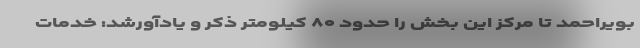
بویراحمد تا مرکز این بخش را حدود ۸۰ کیلومتر ذکر و یادآورشد: خدمات